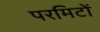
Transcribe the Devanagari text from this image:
परमिटों